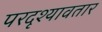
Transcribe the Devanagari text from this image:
परदृश्यावतार